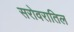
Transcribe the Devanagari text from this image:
सरोवरातिल